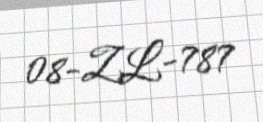
08-ZL-787